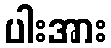
ပါးအား